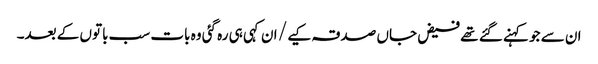
ان سے جو کہنے گئے تھے فیض جاں صدقہ کیے / ان کہی ہی رہ گئی وہ بات سب باتوں کے بعد۔